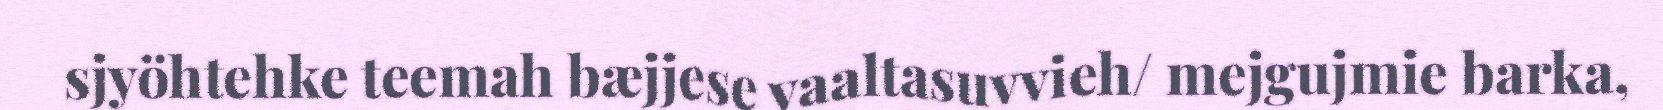
sjyöhtehke teemah bæjjese vaaltasuvvieh/ mejgujmie barka,